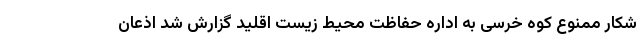
شکار ممنوع کوه خرسی به اداره حفاظت محیط زیست اقلید گزارش شد اذعان